Sketch of the medical history of the native army of Bombay, for the year
Year: 1875
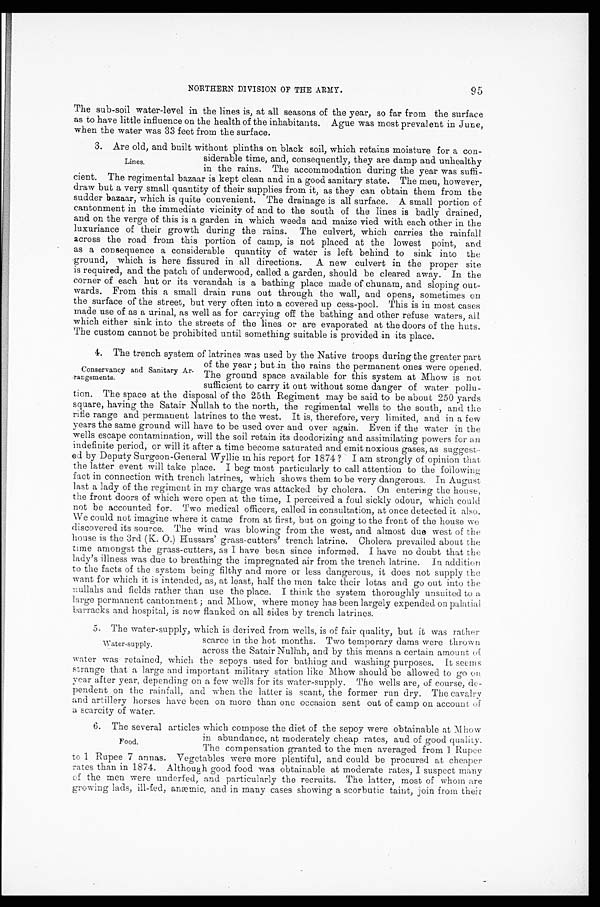
NORTHERN DIVISION OF THE ARMY.
95
The sub-soil water-level in the lines is, at all seasons of the year, so far from the surface
as to have little influence on the health of the inhabitants. Ague was most prevalent in June,
when the water was 33 feet from the surface.
3. Are old, and built without plinths on black soil, which retains moisture for a con
-
siderable time, and, consequently, they are damp and unhealthy
in the rains. The accommodation during the year was suffi
-
cient. The regimental bazaar is kept clean and in a good sanitary state. The men, however,
draw but a very small quantity of their supplies from it, as they can obtain them from the
sudder bazaar, which is quite convenient. The drainage is all surface. A small portion of
cantonment in the immediate vicinity of and to the south of the lines is badly drained,
and on the verge of this is a garden in which weeds and maize vied with each other in the
luxuriance of their growth during the rains. The culvert, which carries the rainfall
across the road from this portion of camp, is not placed at the lowest point, and
as a consequence a considerable quantity of water is left behind to sink into the
ground, which is here fissured in all directions. A new culvert in the proper site
is required, and the patch of underwood, called a garden, should be cleared away. In the
corner of each hut or its verandah is a bathing place made of chunam, and sloping out
-
wards. From this a small drain runs out through the wall, and opens, sometimes on
the surface of the street, but very often into a covered up cess-pool. This is in most cases
made use of as a urinal, as well as for carrying off the bathing and other refuse waters, all
which either sink into the streets of the lines or are evaporated at the doors of the huts.
The custom cannot be prohibited until something suitable is provided in its place.
4. The trench system of latrines was used by the Native troops during the greater part
of the year; but in the rains the permanent ones were opened.
The ground space available for this system at Mhow is not
sufficient to carry it out without some danger of water pollu
-
tion. The space at the disposal of the 25th Regiment may be said to be about 250 yards
square, having the Satair Nullah to the north, the regimental wells to the south, and the
rifle range and permanent latrines to the west. It is, therefore, very limited, and in a few
years the same ground will have to be used over and over again. Even if the water in the
wells escape contamination, will the soil retain its deodorizing and assimilating powers for an
indefinite period, or will it after a time become saturated and emit noxious gases, as suggest
-
ed by Deputy Surgeon-General Wyllie in his report for 1874 ? I am strongly of opinion that
the latter event will take place. I beg most particularly to call attention to the following
fact in connection with trench latrines, which shows them to be very dangerous. In August
last a lady of the regiment in my charge was attacked by cholera. On entering the house,
the front doors of which were open at the time, I perceived a foul sickly odour, which could
not be accounted for. Two medical officers, called in consultation, at once detected it also.
We could not imagine where it came from at first, but on going to the front of the house we
discovered its source. The wind was blowing from the west, and almost due west of the
house i s t he 3rd (K. O. ) Hussars' grass-cut t ers' t rench l at ri ne. Chol era prevai l ed about t he
time amongst the grass-cutters, as I have been since informed. I have no doubt that the
lady's illness was due to breathing the impregnated air from the trench latrine. In addition
to the facts of the system being filthy and more or less dangerous, it does not supply the
want for which it is intended, as, at least, half the men take their lotas and go out into the
nullahs and fields rather than use the place. I think the system thoroughly unsuited to a
large permanent cantonment; and Mhow, where money has been largely expended on palatial
barracks and hospital, is now flanked on all sides by trench latrines.
5. The water-supply, which is derived from wells, is of fair quality, but it was rather
scarce in the hot months. Two temporary dams were thrown
across the Satair Nullah, and by this means a certain amount of
water was retained, which the sepoys used for bathing and washing purposes. It seems
strange that a large and important military station like Mhow should be allowed to go on
year after year, depending on a few wells for its water-supply. The wells are, of course, de
-
pendent on the rainfall, and when the latter is scant, the former run dry. The cavalry
and artillery horses have been on more than one occasion sent out of camp on account of
a scarcity of water.
6. The several articles which compose the diet of the sepoy were obtainable at Mhow
in abundance, at moderately cheap rates, and of good quality.
The compensation granted to the men averaged from 1 Rupee
to 1 Rupee 7 annas. Vegetables were more plentiful, and could be procured at cheaper
rates than in 1874. Although good food was obtainable at moderate rates, I suspect many
of the men were underfed, and particularly the recruits. The latter, most of whom are
growing lads, ill-fed, anæmic, and in many cases showing a scorbutic taint, join from their
Lines.
Conservancy and Sanitary Ar
-
rangements.
Water-supply.
Food.